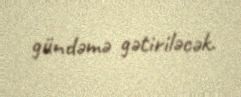
gündəmə gətiriləcək.